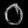
Digit: ၀